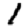
Digit: 1